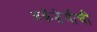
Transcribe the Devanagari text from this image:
अकॅडेमीची